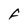
Character: f